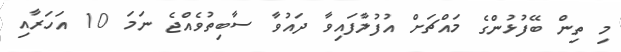
މި ތިން ބޭފުޅުންގެ މައްޗަށް އުފުލާފައިވާ ދައުވާ ސާބިތުވެއްޖެ ނަމަ 10 އަހަރާއި